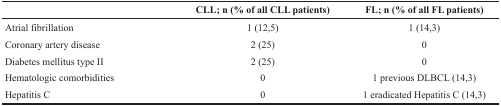
|  | CLL; n (% of all CLL patients) | FL; n (% of all FL patients) |
 | --- | --- | --- |
 | Atrial fibrillation | 1 (12,5) | 1 (14,3) |
 | Coronary artery disease | 2 (25) | 0 |
 | Diabetes mellitus type II | 2 (25) | 0 |
 | Hematologic comorbidities | 0 | 1 previous DLBCL (14,3) |
 | Hepatitis C | 0 | 1 eradicated Hepatitis C (14,3) |